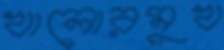
খালোরমুখ